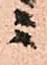
ニ